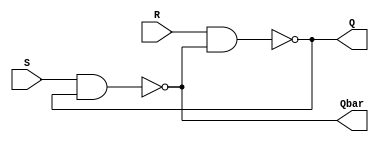
`timescale 1ns / 1ns
//////////////////////////////////////////////////////////////////////////////////
// Company: 
// 
// Design Name: 
// Module Name: cross_coupled_NAND_TB
// Project Name: 
// Target Devices: 
// Tool Versions: 
// Description: 
// 
// Dependencies: 
// 
// Revision:
// Revision 0.01 - File Created
// Additional Comments:
// 
//////////////////////////////////////////////////////////////////////////////////


module cross_coupled_NAND_TB(Q ,Qbar,R, S);
    output Q, Qbar;
    input R,S;
    
    nand #1 (Q, R, Qbar);
    nand #1 (Qbar, S, Q);
    
endmodule
module TEST;
    reg TS,TR;
    wire TQ, TQb;
    cross_coupled_NAND_TB NSTA(.Q(TQ),.S(TS),.R(TR),.Qbar(TQb));
    initial
        begin
            TR = 0;
            TS = 0;
            #5 TS = 1 ;
            #5 TS = 0;
            TR = 0;
            #5 TS=0;
            #5 TR = 1;
        end
        initial 
            $monitor("At time %t,",$time,"TR=%b,TS=%b,TQ =%b TQb= %b", TR, TS, TQ , TQb);
endmodule